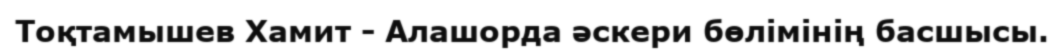
Тоқтамышев Хамит - Алашорда әскери бөлімінің басшысы.